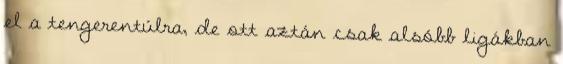
el a tengerentúlra, de ott aztán csak alsóbb ligákban